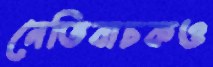
নেতিবাচকও